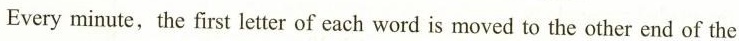
Everyminute,the first letter of each word is moved to the other end of the